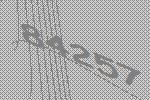
84257